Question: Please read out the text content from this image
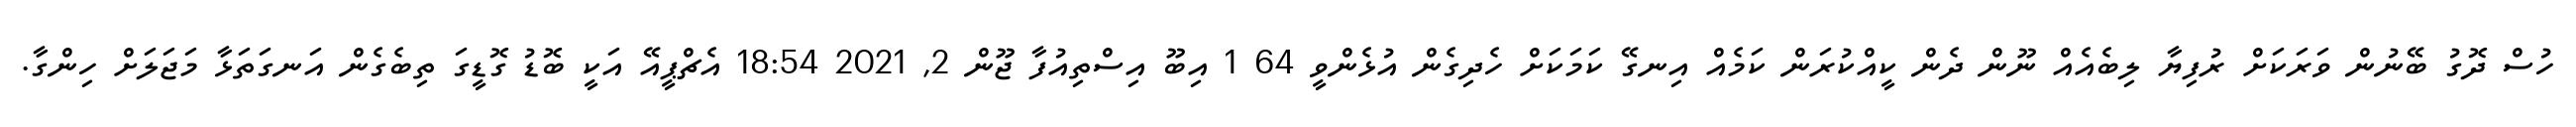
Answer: ހުސް ދޮގު ބޭނުން ވަރަކަށް ރުފިޔާ ލިބެއެއް ނޫން ދެން ކީއްކުރަން ކަމެއް އިނގޭ ކަމަކަށް ހެދިގެން އުޅެންވީ 64 1 އިބޫ އިސްތިއުފާ ޖޫން 2, 2021 18:54 އެޗްޕީއޭ އަކީ ބޮޑު ގޮޑީގަ ތިބެގެން އަނގަތަޅާ މަޖަލަށް ހިންގާ.